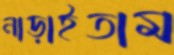
নাড়াইতাম